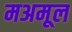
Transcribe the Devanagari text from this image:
मअमूल